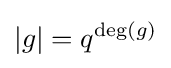
|g|=q^{\deg(g)}